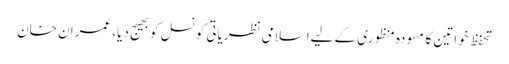
تحفظ خواتین کا مسودہ منظوری کے لیےاسلامی نظریاتی کونسل کوبھیج دیا، عمران خان